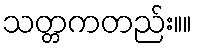
သတ္တကတည်း။။